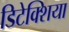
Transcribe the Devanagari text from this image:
डिटेक्शिया